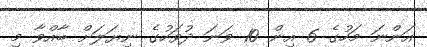
އަންނަ މަހުގެ 6 އިން 10 ވަނަ ދުވަހުގެ ނިޔަލަށް ބާއްވާ މި